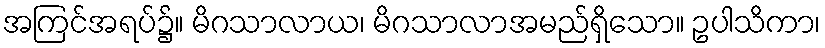
အကြင်အရပ်၌။ မိဂသာလာယ၊ မိဂသာလာအမည်ရှိသော။ ဥပါသိကာ၊